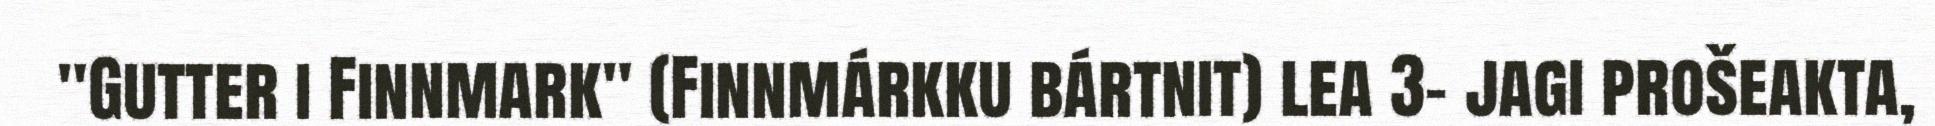
"Gutter i Finnmark" (Finnmárkku bártnit) lea 3- jagi prošeakta,